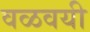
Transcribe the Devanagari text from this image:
वळवयी